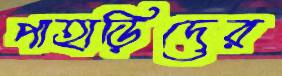
পাহাড়িদের